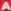
A